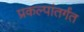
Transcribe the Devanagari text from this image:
प्रकल्पांतर्गंत